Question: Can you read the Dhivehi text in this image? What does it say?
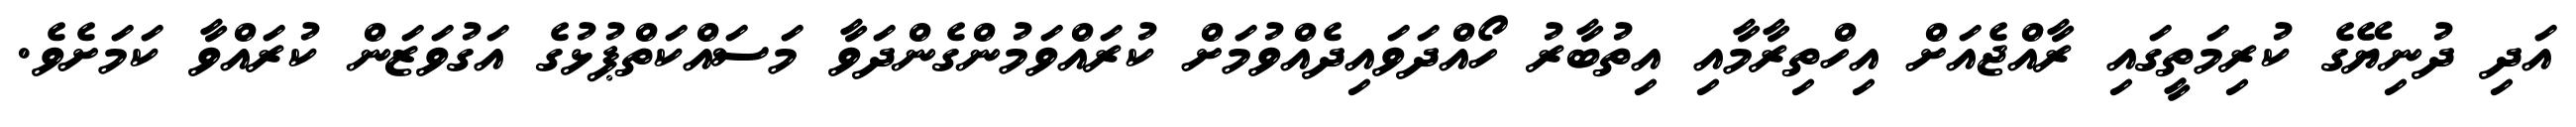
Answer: އަދި ދުނިޔޭގެ ކުރިމަތީގައި ރާއްޖެއަށް އިހްތިރާމާއި އިތުބާރު ހޯއްދަވައިދެއްވުމަށް ކުރައްވަމުންގެންދަވާ މަސައްކަތްޕުޅުގެ އަގުވަޒަން ކުރައްވާ ކަމަށެވެ.